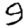
Digit: 9